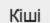
Кіші